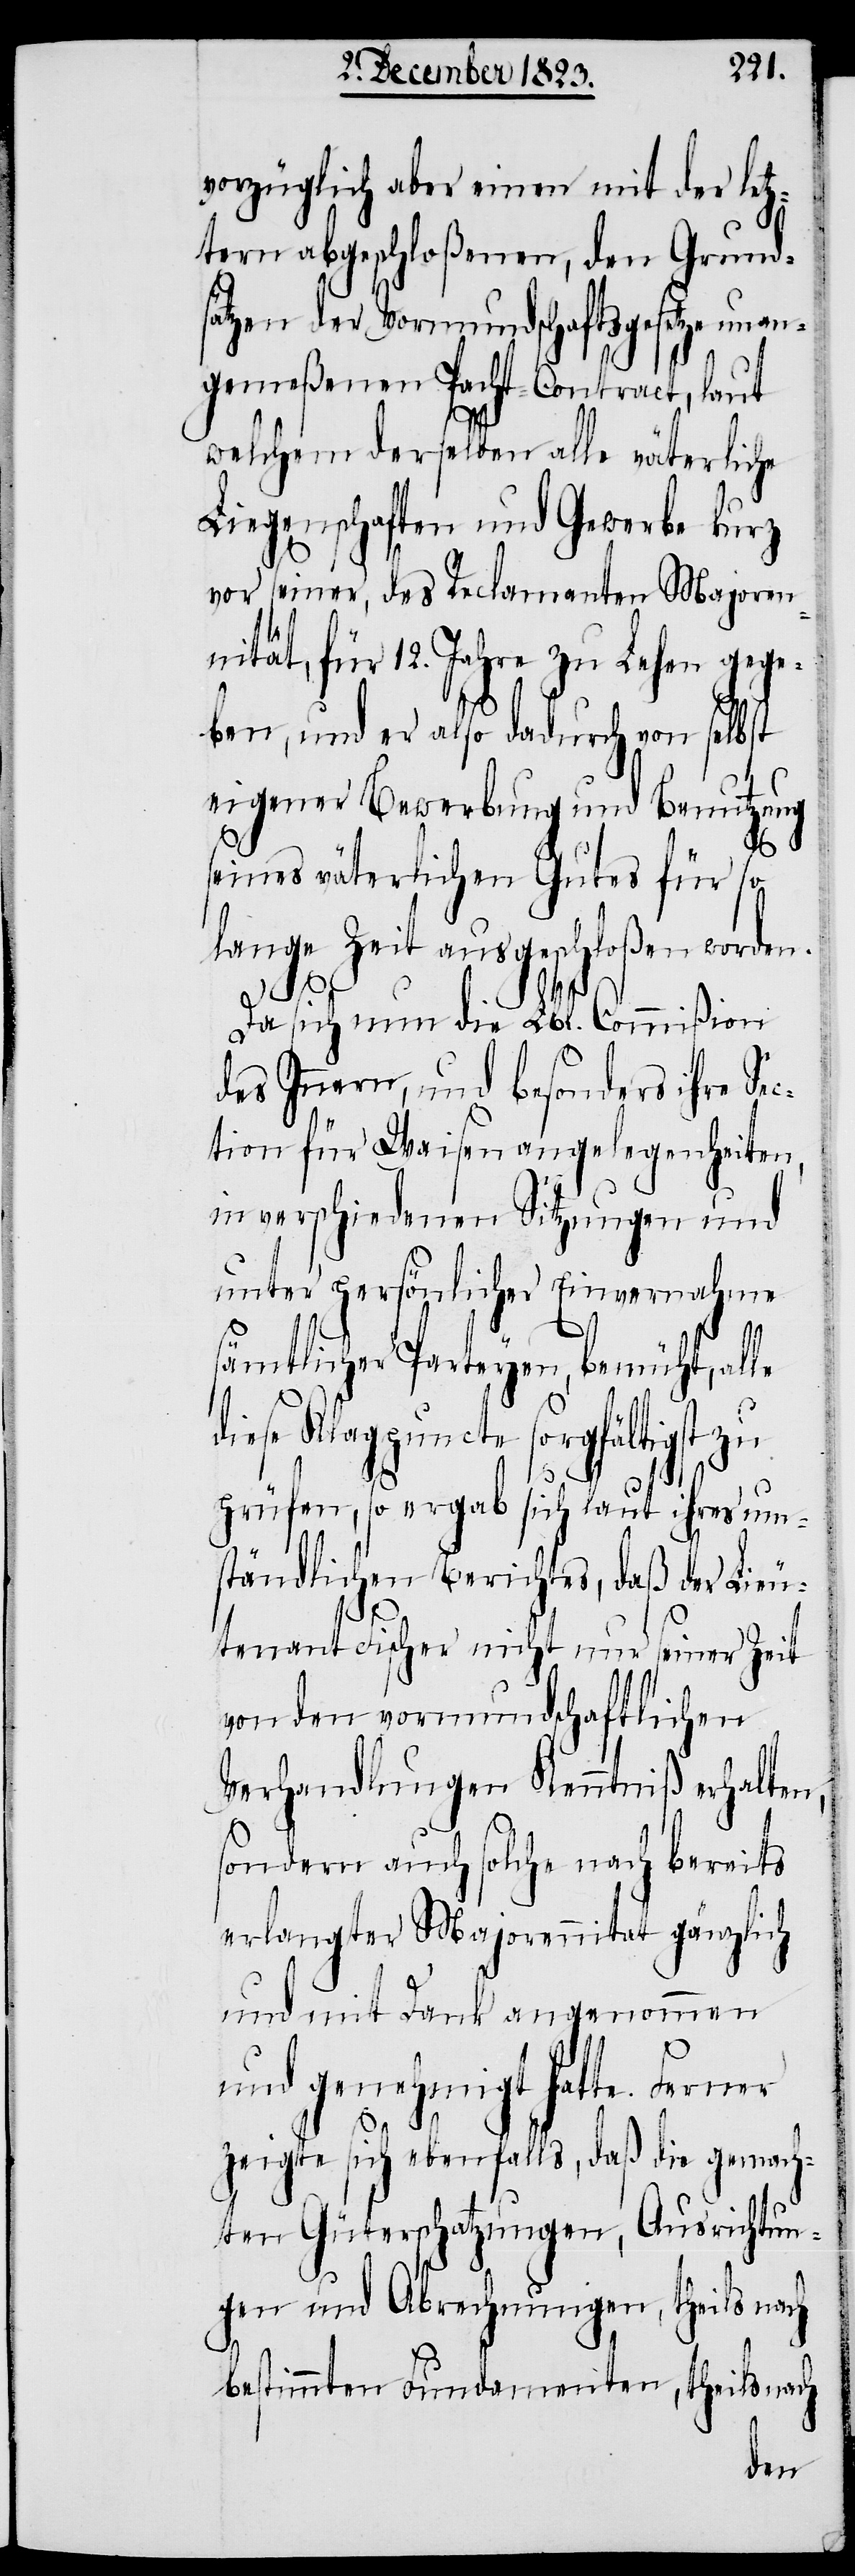
vorzüglich aber einen mit der letz¬
tern abgeschloßenen, den Grund¬
sätzen der Vormundschaftsgesetze unan¬
gemeßenen Pacht-Contract, laut
welchem derselben alle väterliche
Liegenschaften und Gewerbe kurz
vor seiner, des Reclamanten Majoren¬
nität, für 12. Jahre zu Lehen gege¬
ben, und er also dadurch von selbst
eigener Bewerbung und Benutzung
seines väterlichen Gutes für so
lange Zeit ausgeschloßen worden.
Da sich nun die Lbl. Commißion
des Innern, und besonders ihre Se¬
ction für Waisenangelegenheiten,
in verschiedenen Sitzungen und
unter persönlicher Einvernahme
sämtlicher Parteyen, bemüht, alle
diese Klagpuncte sorgfältigst zu
prüfen, so ergab sich laut ihres um¬
ständlichen Berichtes, daß der Lieu¬
tenant Fischer nicht nur seiner Zeit
von den vormundschaftlichen
Verhandlungen Kenntniß erhalten,
sondern auch solche nach bereits
erlangter Majorennitat gänzlich
und mit Dank angenommen
und genehmigt hatte. Ferner
zeigte sich ebenfalls, daß die gemach¬
ten Güterschatzungen, Ausrichtun¬
gen und Abrechnungen, theils nach
bestimmten Fundamenten, theils nach